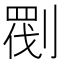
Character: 𠞵